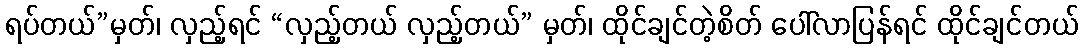
ရပ်တယ်”မှတ်၊ လှည့်ရင် “လှည့်တယ် လှည့်တယ်” မှတ်၊ ထိုင်ချင်တဲ့စိတ် ပေါ်လာပြန်ရင် ထိုင်ချင်တယ်